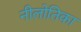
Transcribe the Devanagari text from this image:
नीलोतिका